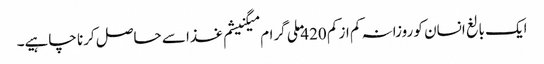
ایک بالغ انسان کو روزانہ کم از کم 420 ملی گرام میگنیشم غذا سے حاصل کرنا چاہیے۔